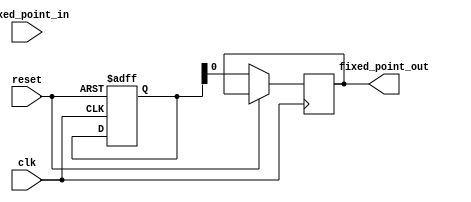
module fixed_point_square_root (
    input clk,
    input reset,
    input fixed_point_in,
    output reg fixed_point_out
);

reg [31:0] input_reg;
reg [31:0] output_reg;

always @(posedge clk or posedge reset) begin
    if (reset) begin
        input_reg <= 32'b0;
        output_reg <= 32'b0;
    end else begin
        input_reg <= fixed_point_in;
        
        // Square root calculation block
        // Implement square root algorithm here
        
        // Output register
        fixed_point_out <= output_reg;
    end
end

endmodule